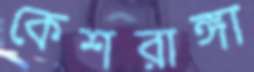
কেশরাঙ্গা